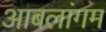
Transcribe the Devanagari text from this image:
आबलांगम